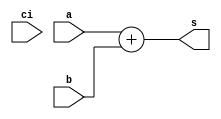
module cla32(a, b, ci, s);
	input [31:0] a, b;
	input ci;
	output [31:0] s;

	assign s=a+b;

endmodule